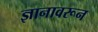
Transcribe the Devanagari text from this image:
ज्ञानावरून